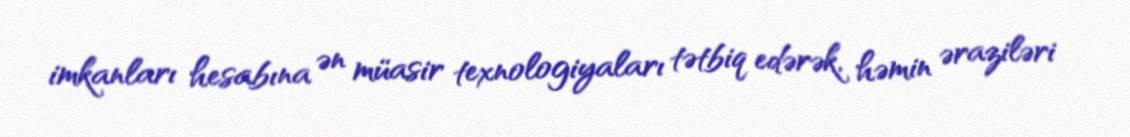
imkanları hesabına ən müasir texnologiyaları tətbiq edərək, həmin əraziləri